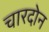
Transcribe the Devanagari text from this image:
चारदोन